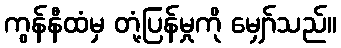
ကွန်နီထံမှ တုံ့ပြန်မှုကို မျှော်သည်။